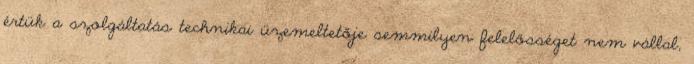
értük a szolgáltatás technikai üzemeltetője semmilyen felelősséget nem vállal,